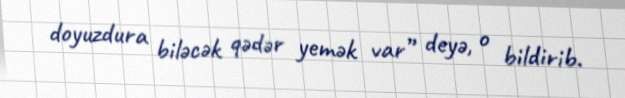
doyuzdura biləcək qədər yemək var” deyə, o bildirib.